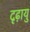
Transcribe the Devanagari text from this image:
दृढ़ायु